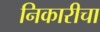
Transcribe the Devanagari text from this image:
निकारीचा